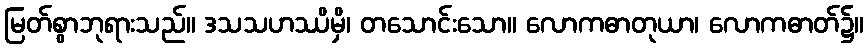
မြတ်စွာဘုရားသည်။ ဒသသဟဿိမှိ၊ တသောင်းသော။ လောကဓာတုယာ၊ လောကဓာတ်၌။